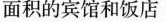
面积的宾馆和饭店